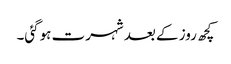
کچھ روز کے بعد شہرت ہوگئی۔